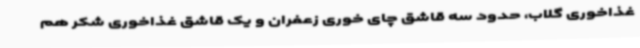
غذاخوری گلاب، حدود سه قاشق چای خوری زعفران و یک قاشق غذاخوری شکر هم